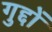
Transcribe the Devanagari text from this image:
गुद्दों